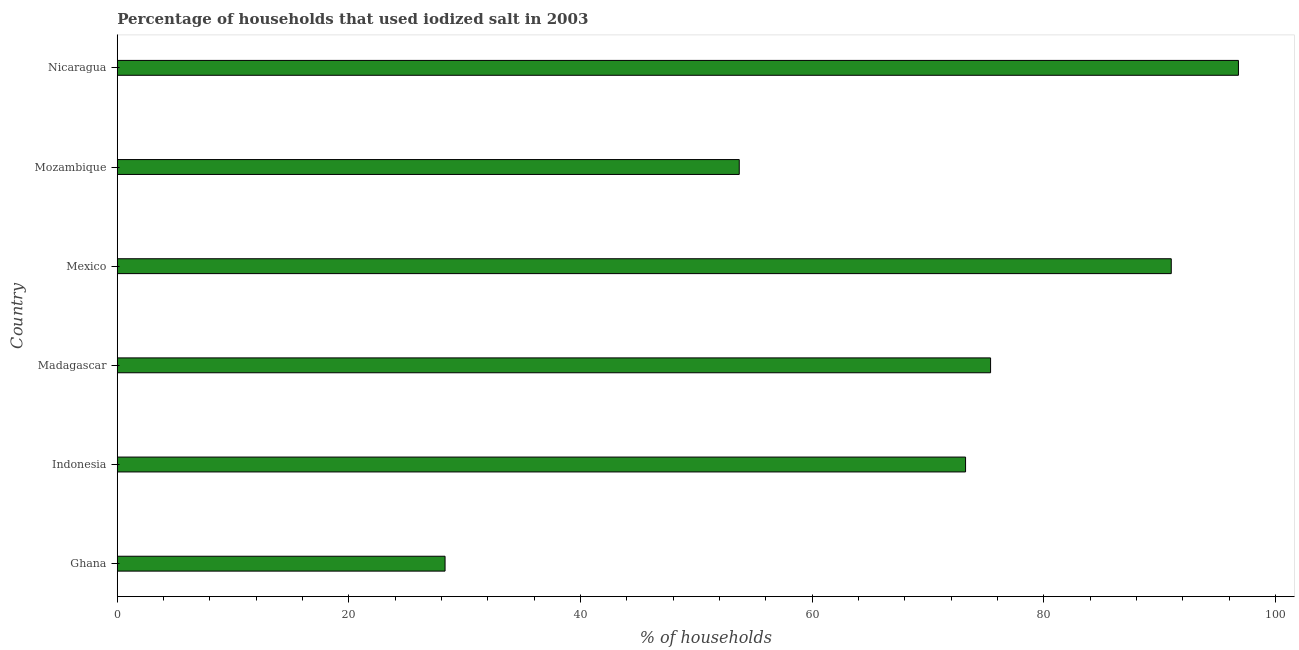
| Country | Consumption of iodized salt |
 | --- | --- |
 | Ghana | 28.3 |
 | Indonesia | 73.2 |
 | Madagascar | 75.4 |
 | Mexico | 91 |
 | Mozambique | 53.7 |
 | Nicaragua | 96.8 |